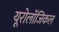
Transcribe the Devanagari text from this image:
यूरोलॉजिकल